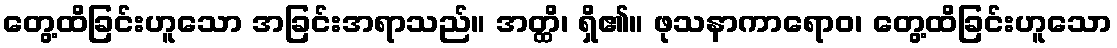
တွေ့ထိခြင်းဟူသော အခြင်းအရာသည်။ အတ္ထိ၊ ရှိ၏။ ဖုသနာကာရောဝ၊ တွေ့ထိခြင်းဟူသော